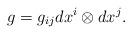
LaTeX: \begin{align*}g=g_{ij}dx^i\otimes dx^j.\end{align*}